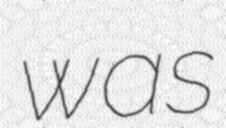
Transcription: was